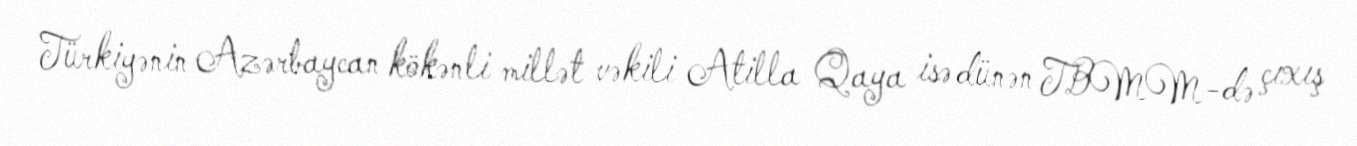
Türkiyənin Azərbaycan kökənli millət vəkili Atilla Qaya isə dünən TBMM-də çıxış